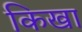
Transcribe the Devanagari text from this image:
किखा